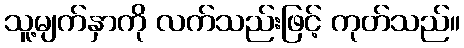
သူ့မျက်နှာကို လက်သည်းဖြင့် ကုတ်သည်။